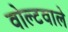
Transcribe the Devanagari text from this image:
वोल्टवाले